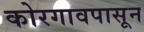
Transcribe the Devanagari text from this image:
कोरगावपासून